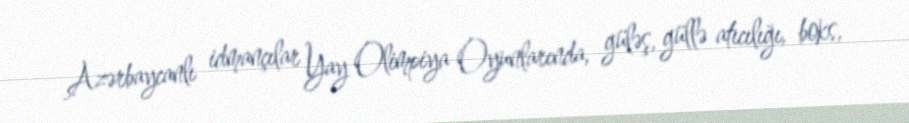
Azərbaycanlı idmançılar Yay Olimpiya Oyunlarında, güləş, güllə atıcılığı, boks,